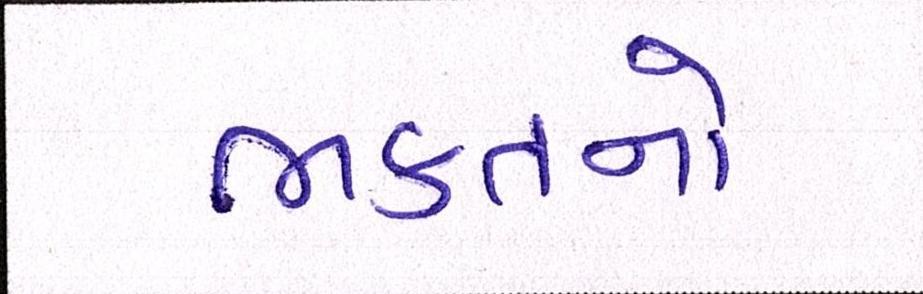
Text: ભક્તનો